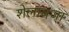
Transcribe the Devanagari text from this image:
शेलावजा